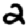
Digit: 2